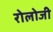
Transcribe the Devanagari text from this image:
रोलोजी